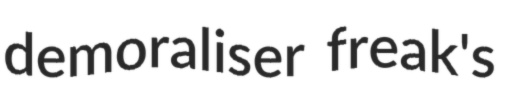
demoraliser freak's